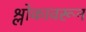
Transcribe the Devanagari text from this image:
श्लोकावरून